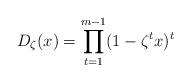
LaTeX: \begin{align*} D_\zeta (x) = \prod_{t=1}^{m-1} (1 - \zeta^t x)^t\end{align*}